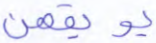
يوبقهن